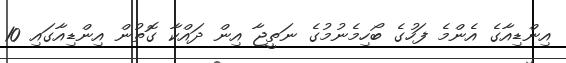
އިންޑިއާގެ އެންމެ ފަހުގެ ބޯހިމެނުމުގެ ނަތީޖާ އިން ދައްކާ ގޮތުން އިންޑިއާގައި 10